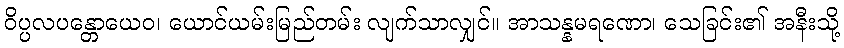
ဝိပ္ပလပန္တောယေဝ၊ ယောင်ယမ်းမြည်တမ်း လျက်သာလျှင်။ အာသန္နမရဏော၊ သေခြင်း၏ အနီးသို့